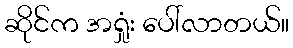
ဆိုင်က အရှုံး ပေါ်လာတယ်။